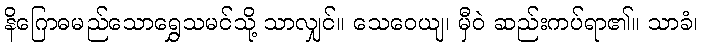
နိဂြောဓမည်သောရွှေသမင်သို့ သာလျှင်။ သေဝေယျ၊ မှီဝဲ ဆည်းကပ်ရာ၏။ သာခံ၊